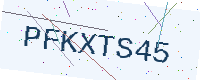
Text: PFKXTS45